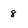
Character: 8